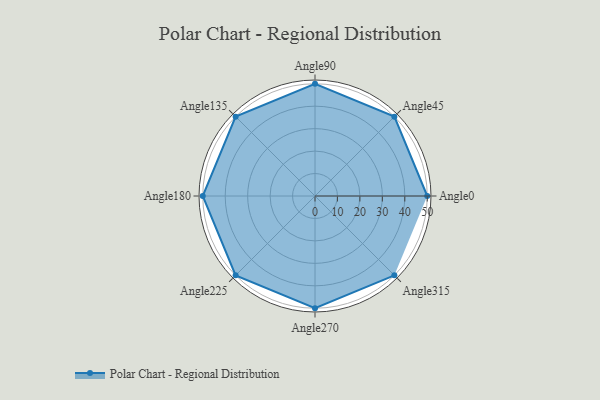
{"axis": {"x": "Angle", "y": "Radius"}, "legend": [""], "data": [{"x": "Angle0", "y": 50, "type": ""}, {"x": "Angle45", "y": 50, "type": ""}, {"x": "Angle90", "y": 50, "type": ""}, {"x": "Angle135", "y": 50, "type": ""}, {"x": "Angle180", "y": 50, "type": ""}, {"x": "Angle225", "y": 50, "type": ""}, {"x": "Angle270", "y": 50, "type": ""}, {"x": "Angle315", "y": 50, "type": ""}]}